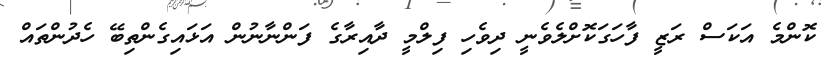
ކޮންމެ އަކަސް ރަޒީ ފާހަގަކޮށްލެވެނީ ދިވެހި ފިލްމީ ދާއިރާގެ ފަންނާނުން އަޅައިގެންތިބޭ ހެދުންތައް